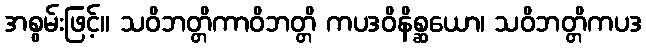
အစွမ်းဖြင့်။ သဝိဘတ္တိကာဝိဘတ္တိ ကပဒဝိနိစ္ဆယော၊ သဝိဘတ္တိကပဒ